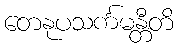
တေနုပသင်္ကမန္တီတိ